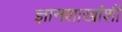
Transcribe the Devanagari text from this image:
ज्ञानशाखांशी